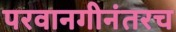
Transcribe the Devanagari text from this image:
परवानगीनंतरच